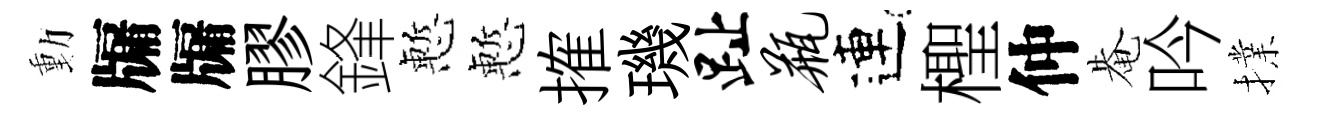
動牖牖膠鋒慙慙搉璣趾瓶連檉仲𤲅吟擈